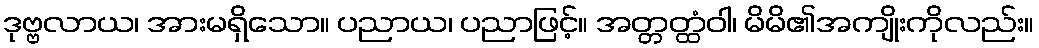
ဒုဗ္ဗလာယ၊ အားမရှိသော။ ပညာယ၊ ပညာဖြင့်။ အတ္တတ္ထံဝါ၊ မိမိ၏အကျိုးကိုလည်း။